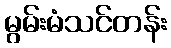
မွမ်းမံသင်တန်း